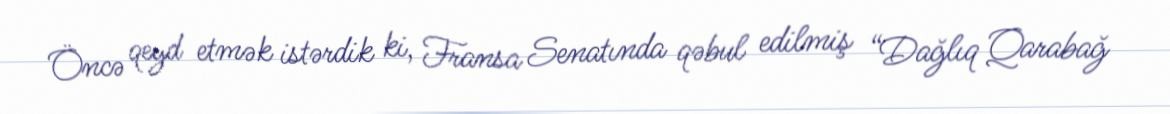
Öncə qeyd etmək istərdik ki, Fransa Senatında qəbul edilmiş “Dağlıq Qarabağ